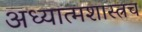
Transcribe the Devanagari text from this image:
अध्यात्मशास्त्रच